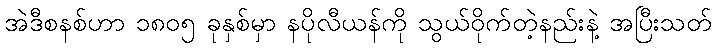
အဲဒီစနစ်ဟာ ၁၈၀၅ ခုနှစ်မှာ နပိုလီယန်ကို သွယ်ဝိုက်တဲ့နည်းနဲ့ အပြီးသတ်